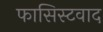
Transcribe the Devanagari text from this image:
फासिस्टवाद